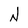
Character: N